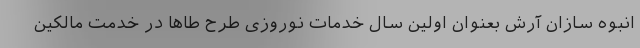
انبوه سازان آرش بعنوان اولین سال خدمات نوروزی طرح طاها در خدمت مالکین